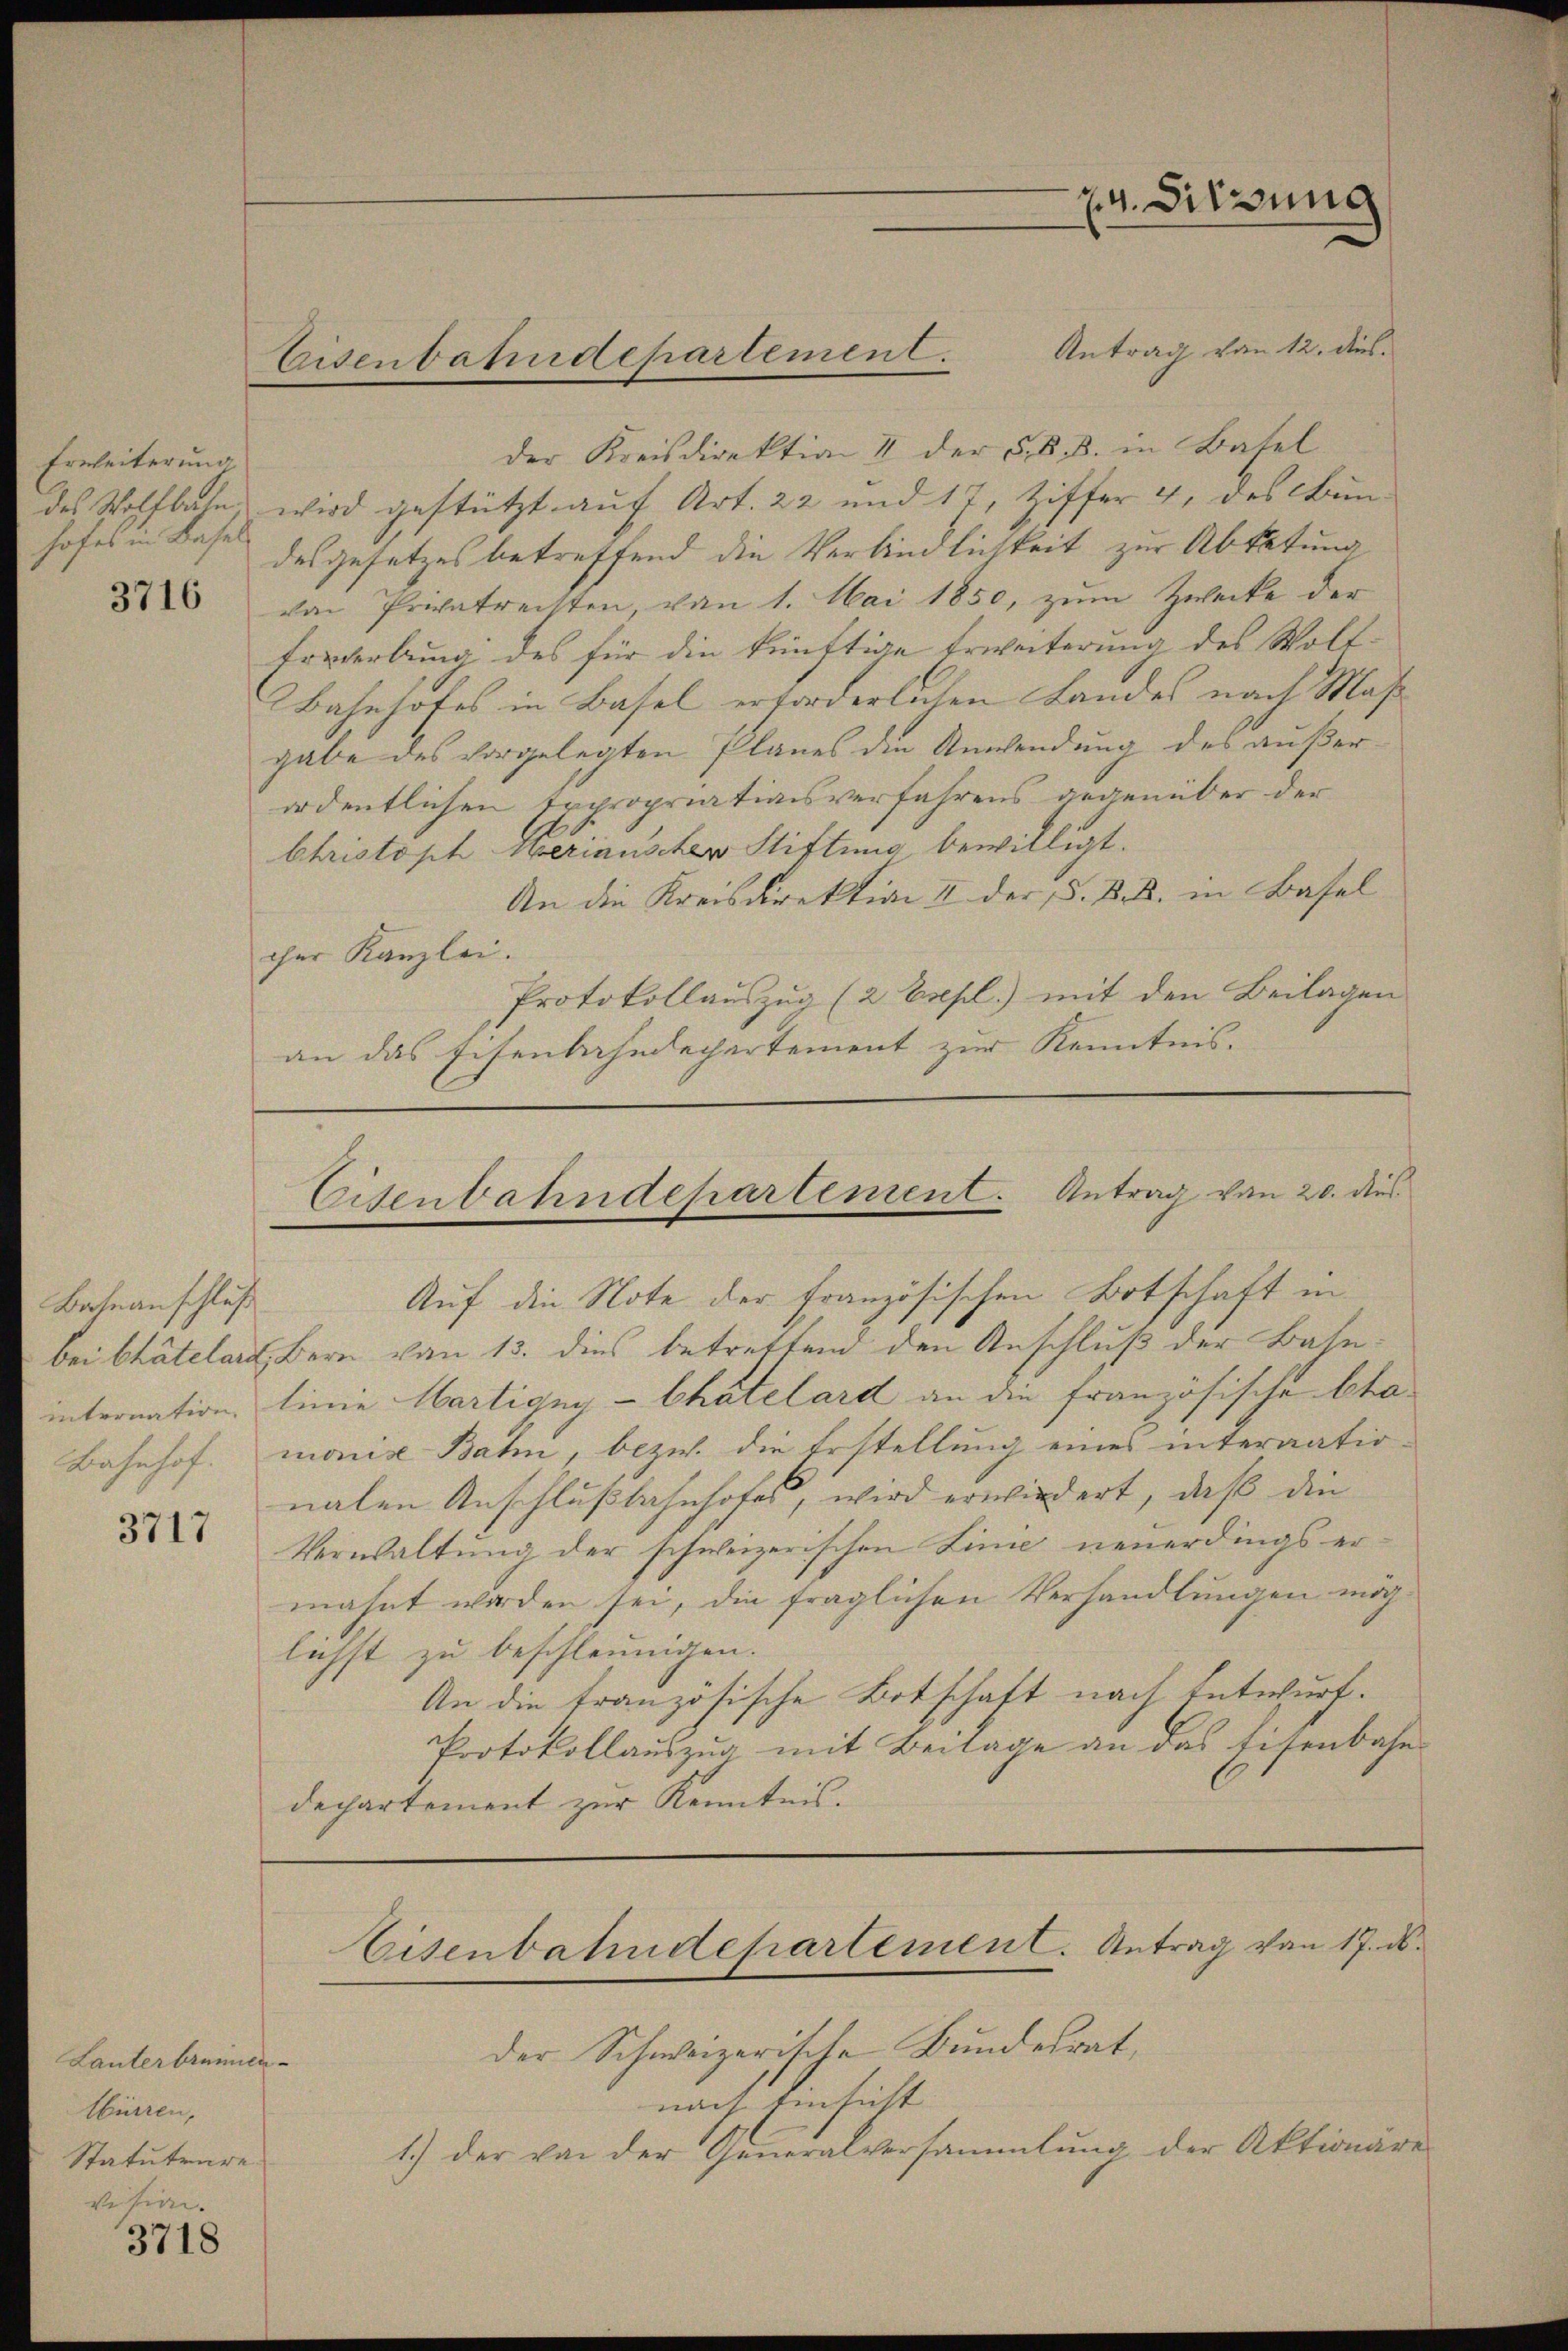
Erweiterung
des Wolfbahn
hofes in Basel

3716

Bahnanschluß

3717

Lanterbrunnen
Mürren,
Statuteure
vision.

3718

Antrag von 12. des
der Kreisdirektion 4 der 5. d. B. in Batel
wird gestützt auf Art. 22 und 17, Ziffer 4, des Bun-
desgesetzes betreffend die Verbindlichkeit zur Abtetung
von Privatrechten, von 1. Mai 1850, zum Zwecke der
Ervderbung des für die künftige Erweiterung des Voll-
Bahnhofes in Basel erforderlichen Landes nach Maßgabe des vorgelegten Planes die Anwendung des außerordentlichen Expropriationsverfahrens gegenüber der
Christoph Marianscher Stiftung bewilligt.
An die Kreisdirektion II der d. B. B. in Baselcher Kanzlei.
Protokollauszug (2 Expl.) mit den Beilagen
an das Eisenbahndepartement zur Kenntnis.

Eisenbahndepartement.

bei Chätelart, Bern von 13. dies betrettend den Anschluß der Bahninternation. Linie Martigny-Chatelard an die französische Cha¬
Bahnhof, monis Bahn, bezw. die Erstellung eines internatio-
nalen Anschlußbahnhofes, wird erwiedert, daß die
Verwaltung der schweizerischen Linie neuerdings ermahnt worden sei, die fraglichen Verhandlungen möglichst zu beschleunigen.
An die französische Botschaft nach Entwurf.
Protokollauszug mit Beilage an das Eisenbahndechartement zur Kenntnis.

24. Sitzung

Eisenbahndepartement. Antrag von 20. dies
Auf die Note der Französischen Botschaft in

Eisenbahndepartement. Antrag von 17. ds.

der Schweizerische Bundesrat,
nach Einsicht |
1.) Der von der Generalversammlung der Aktionäre